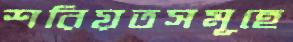
শরিয়তসমূহে